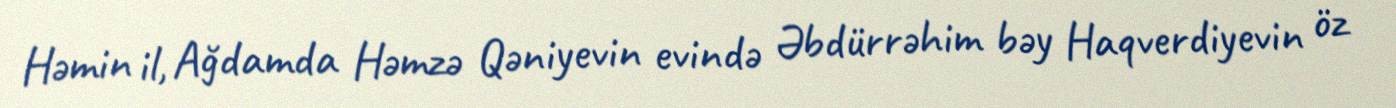
Həmin il, Ağdamda Həmzə Qəniyevin evində Əbdürrəhim bəy Haqverdiyevin öz